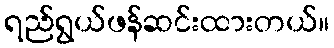
ရည်ရွယ်ဖန်ဆင်းထားတယ်။